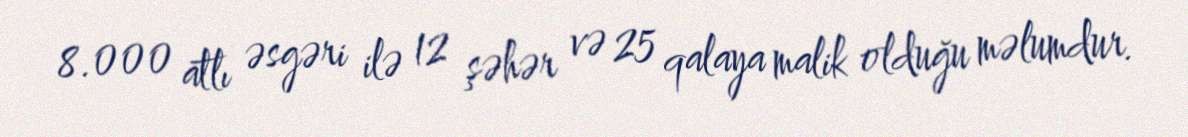
8.000 atlı əsgəri ilə 12 şəhər və 25 qalaya malik olduğu məlumdur.